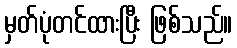
မှတ်ပုံတင်ထားပြီး ဖြစ်သည်။